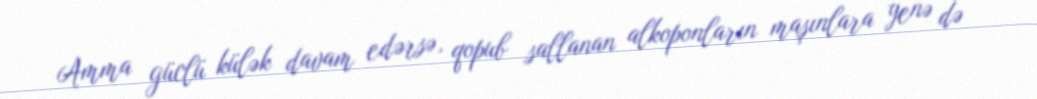
Amma güclü külək davam edərsə, qopub sallanan alkoponların maşınlara yenə də